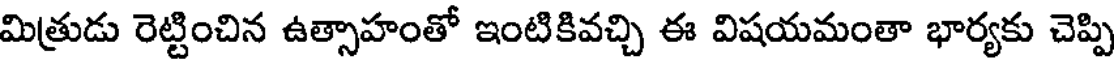
మిత్రుడు రెట్టించిన ఉత్సాహంతో ఇంటికివచ్చి ఈ విషయమంతా భార్యకు చెప్పి